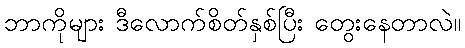
ဘာကိုများ ဒီလောက်စိတ်နှစ်ပြီး တွေးနေတာလဲ။